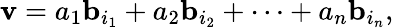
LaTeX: \mathbf{v}=a_{1}\mathbf{b}_{i_{1}}+a_{2}\mathbf{b}_{i_{2}}+\cdots+a_{n}\mathbf{b}_{i_{n}},